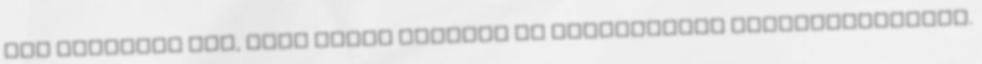
meg rájöttem már, hogy nincs értelme az értelmetlen fitogtatásoknak.